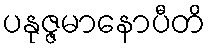
ပနုဇ္ဇမာနောပီတိ